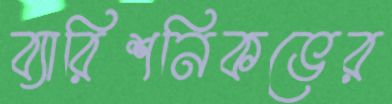
ব্যারিশনিকভের